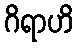
ဂိရာဟိ